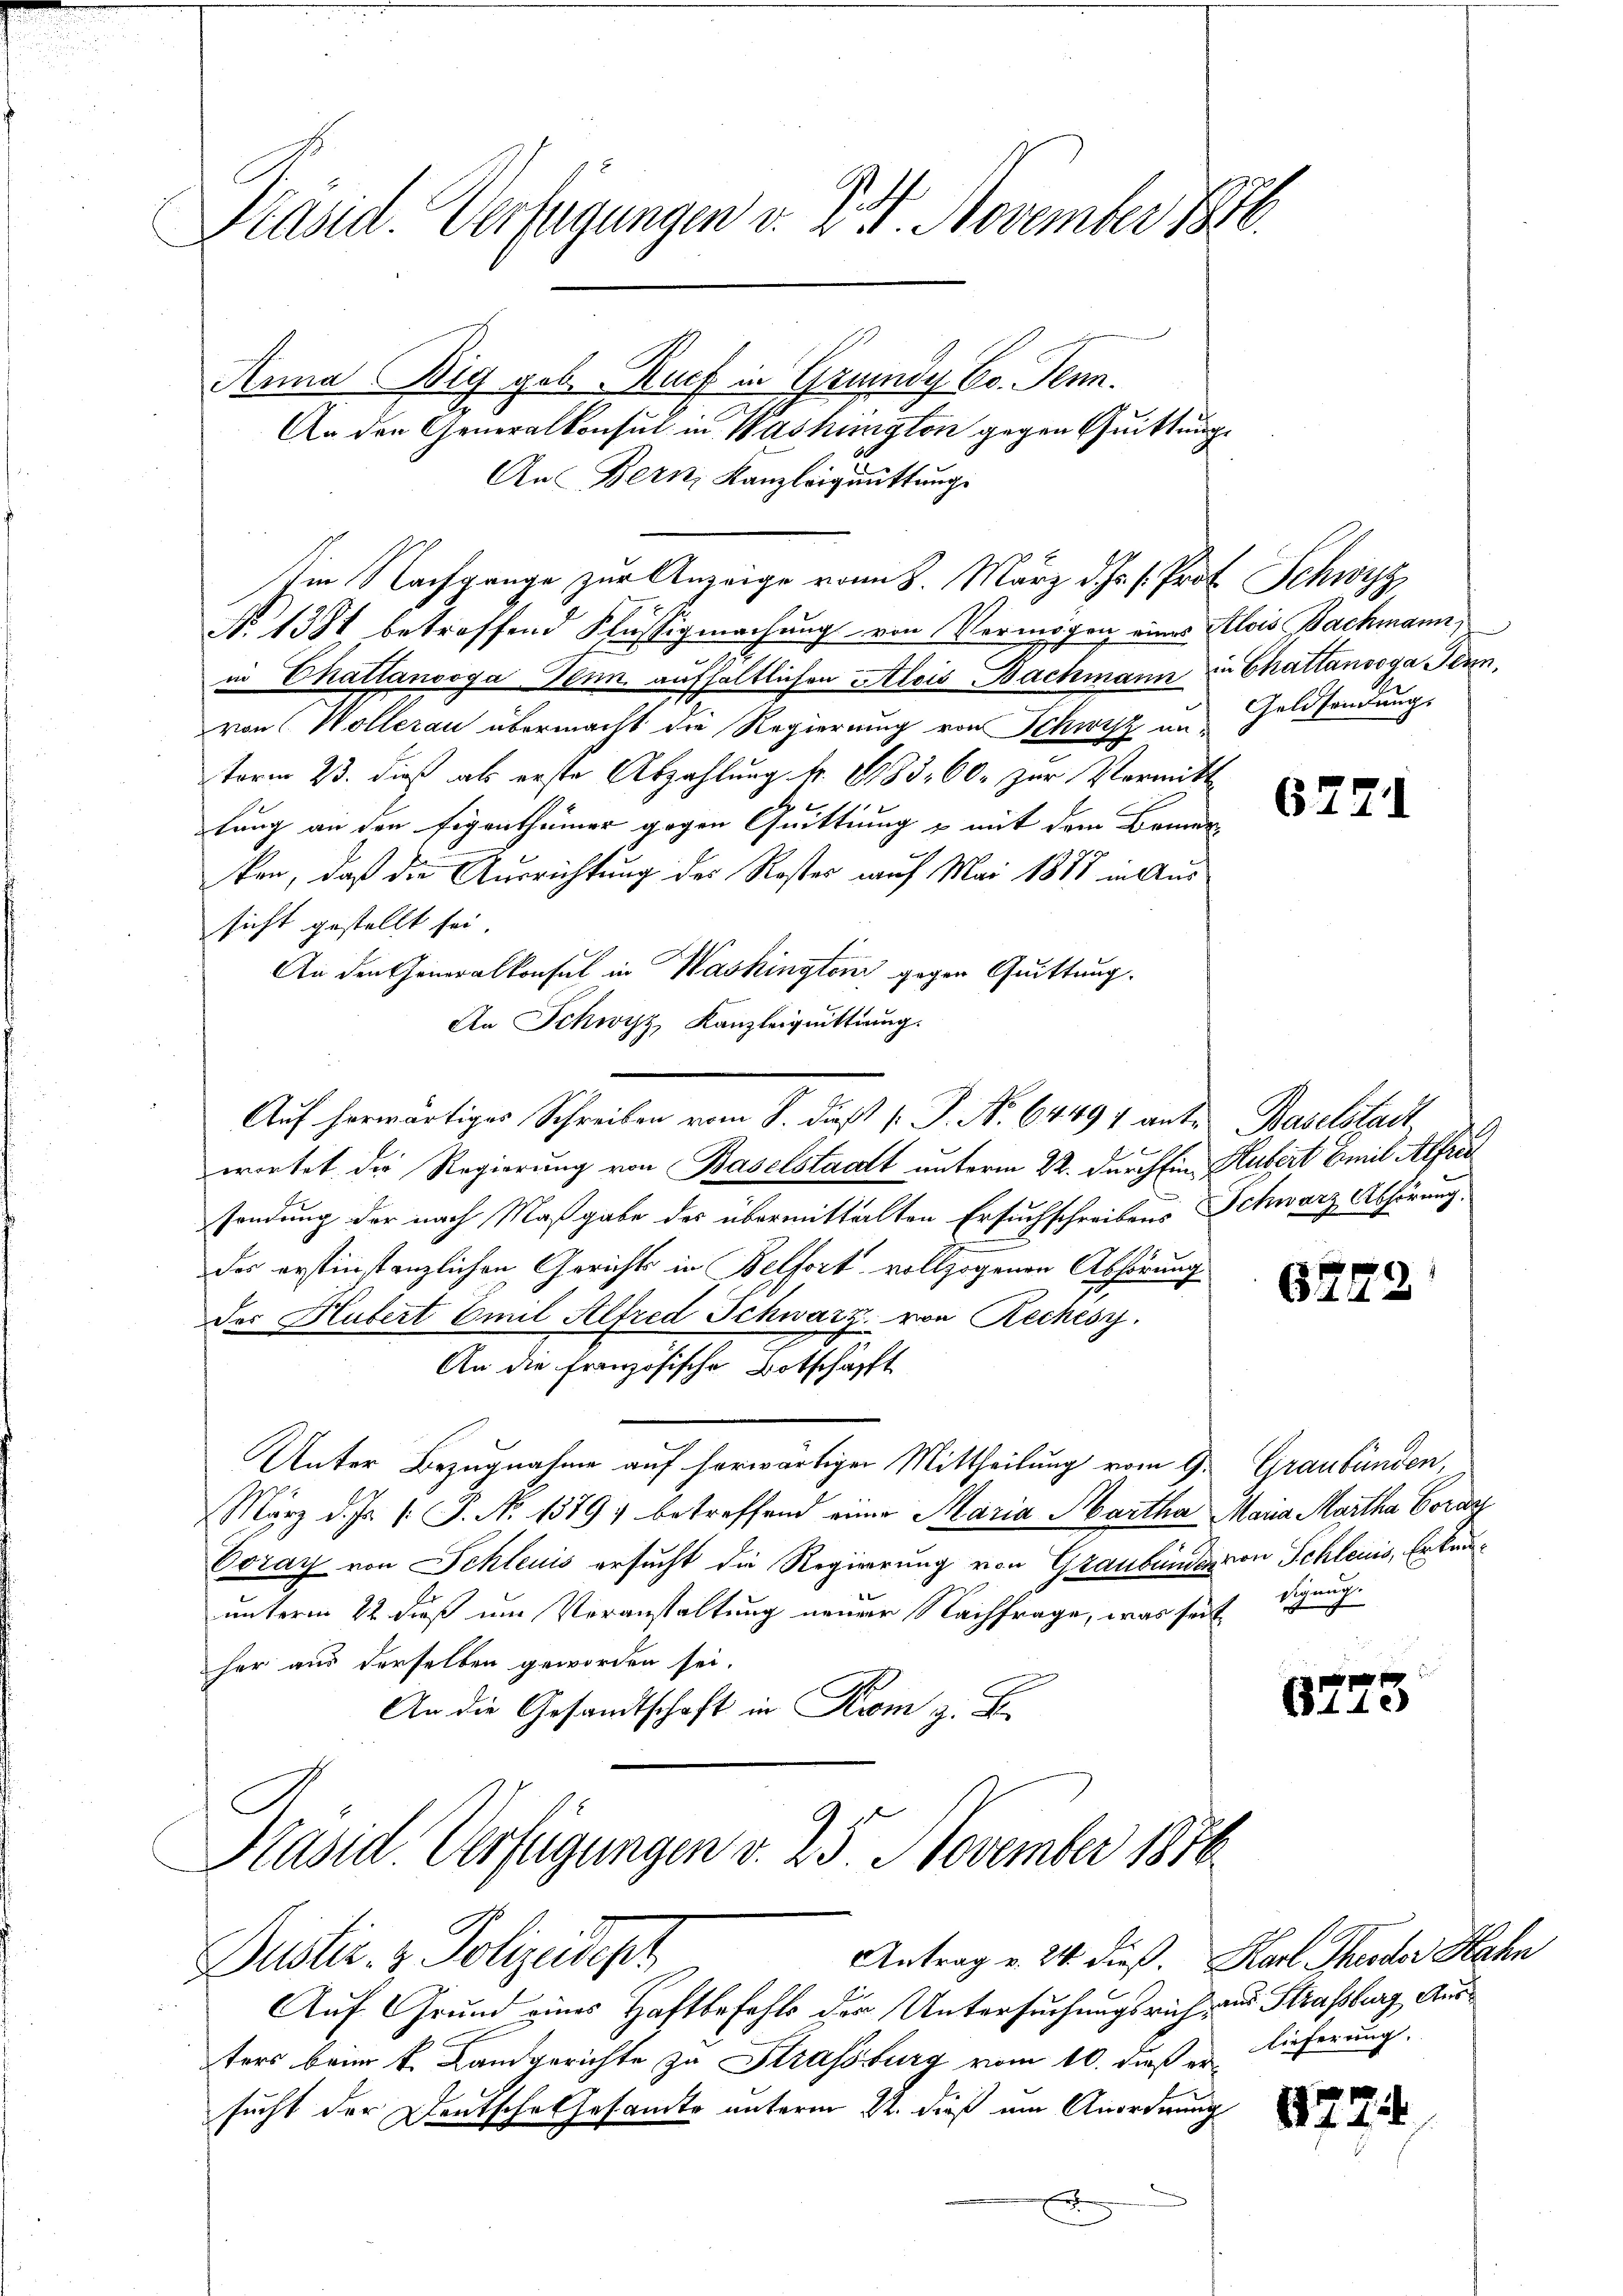
S.
Pand. Verfügungen v. 227. November 1816.

Anna ig geb. Ruef in Grundy Co. Penn.
An den Generalkonsul in Washington gegen Quittung
An Bern, Kanzleiguittung.
Im Nachgange zur Anzeige vom 8. März d. Js. s. Prof. Schwyz
No 1381 betreffend Flüssigmachung von Vermögen eines Alois Bachmann,
in Chatlanooga Penn, aufhaltlichen Alois Bachmann in Chattenvoga Jenn,
von Wollerau übermacht die Regierung von Schwisz un-
term 23. dieß als erste Abzahlung Nr. 1183. 60. zur Vermitt
lung an den Eigenthümer gegen Quittung u mit dem Brunne
ken, daß die Ausrichtung des Roster auf Mai 1888 in Aussicht gestellt sei.
An den Generalkonsul in Washington gegen Quittung.
An Schwyz, Kanzleiguittung.
Auf herwärtiges Schreiben vom 8. dieß P. Nr. 64494 ant. Baselstadt
2.
wortet die Regierung von Baselstadt unterm 22. durch in Hubert Emil Alfred
sendung der nach Maßgabe des übermittalten Ersuchschreibens Schwarz Abhörung
des erstinstanzlichen Gerichts in Belfort vollzogenen Abhörung
der Hubert Emil Alfred Schwarz von Zechésy.
An die französische Botschäfft
Unter Bezugnahme auf herwärtigen Mittheilung vom 9.
März d. Js. /: P. No 1379, betreffend einer Maria Martha Maria Martha Coraz
Coray von Schleuis ersucht die Regierung von Graubünden von Schleuis, Erkanunterm 22 dieß um Veranstaltung neuer Nachfrage, was seit Signug
her aus derselben geworden sei.
An die Gesandtschaft in Krom z. B.

Kasid. Verfügungen v. 25. November 1850
Antrag v. 24. dieß. Karl Theodor Hahn
Dustiz- & Polizeidept

2
Auf Grund eines Haftbefehls der Untersuchungsrich, und Strassburg Austers beim k. Landgerichte zu Strassburg vom 10. dieß er
sucht der Deutsche Gesamte unterm 22. dieß um Anordnung
s

Geldsendung.

6271

67.

Graubünden,

22

lieferung.

.

5